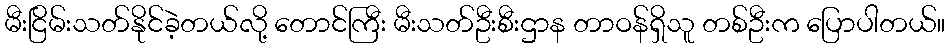
မီးငြိမ်းသတ်နိုင်ခဲ့တယ်လို့ တောင်ကြီး မီးသတ်ဦးစီးဌာန တာဝန်ရှိသူ တစ်ဦးက ပြောပါတယ်။